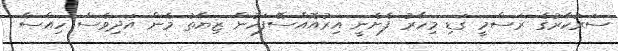
ސަރުކާރުގެ ރަސްމީ ގަޑި މިހާރު ފެށެނީ އިރުއޮއްސޭފަހުން ޒިޔާތު މެން އަދިވެސް ހިއްސާ